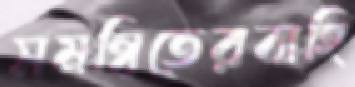
সমন্বিতেরবাহি